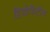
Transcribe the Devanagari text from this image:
डियोफैंटीय